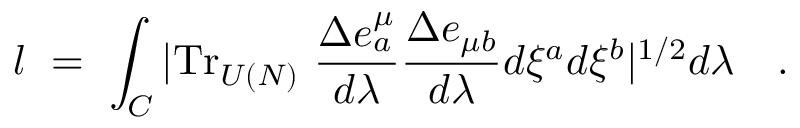
l ~ = ~ \int _ { \cal C } | \mathrm { T r } _ { U ( N ) } ~ { \frac { \Delta e _ { a } ^ { \mu } } { d \lambda } } { \frac { \Delta e _ { \mu b } } { d \lambda } } d \xi ^ { a } d \xi ^ { b } | ^ { 1 / 2 } d \lambda \quad .